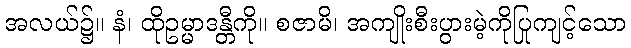
အလယ်၌။ နံ၊ ထိုဥမ္မာဒန္တီကို။ စဇာမိ၊ အကျိုးစီးပွားမဲ့ကိုပြုကျင့်သော